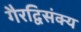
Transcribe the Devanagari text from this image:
गैरद्विसंक्य